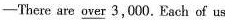
-There are \underline{over }3,000. Each of us